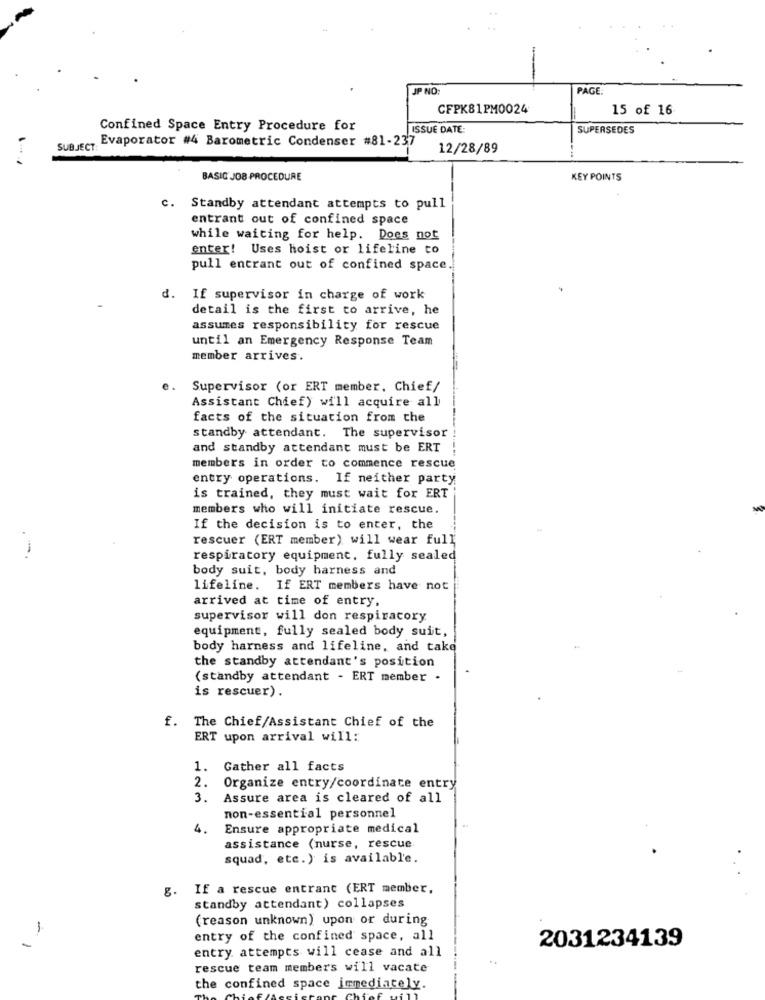
JP NO:
PAGE:
CFPK81PM0024
15 of 16
Confined Space Entry Procedure for
ISSUE DATE:
SUPERSEDES
Evaporator #4 Barometric Condenser #81-237
SUBJECT:
12/28/89
BASIC JOB PROCEDURE
KEY POINTS
C.
Standby attendant attempts to pull
entrant out of confined space
while waiting for help. Does not
enter! Uses hoist or lifeline to
pull entrant out of confined space
d.
If supervisor in charge of work
detail is the first to arrive, he
assumes responsibility for rescue
until an Emergency Response Team
member arrives.
Supervisor (or ERT member, Chief/
Assistant Chief) will acquire all
facts of the situation from the
standby attendant. The supervisor
and standby attendant must be ERT
members in order to commence rescue
entry operations. If neither party
is trained, they must wait for ERT
members who will initiate rescue.
If the decision is to enter, the
rescuer (ERT member) will wear full
.-.
respiratory equipment, fully sealed
body suit, body harness and
lifeline. If ERT members have not
arrived at time of entry,
supervisor will don respiracory
equipment, fully sealed body suit,
body harness and lifeline, and take
the standby attendant's position
(standby attendant - ERT member .
is rescuer).
f. The Chief/Assistant Chief of the
ERT upon arrival will:
1. Gather all facts
2.
Organize entry/coordinate entry
3.
Assure area is cleared of all
non-essential personnel
4.
Ensure appropriate medical
assistance (nurse, rescue
squad, etc.) is available.
8.
If a rescue entrant (ERT member,
standby attendant) collapses
(reason unknown) upon or during
1
entry of the confined space, all
2031234139
entry. attempts will cease and all
rescue team members will vacate
the confined space immediately.